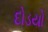
દોડયો